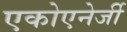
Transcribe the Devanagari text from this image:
एकोएनेर्जी